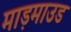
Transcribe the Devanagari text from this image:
माड़माउड